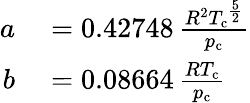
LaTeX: \begin{array}{rl}{a}&{{}=0.42748\, {\frac{R^{2}{T_{\mathrm{c}}}^{\frac{5}{2}}}{p_{\mathrm{c}}}}}\\ {b}&{{}=0.08664\, {\frac{RT_{\mathrm{c}}}{p_{\mathrm{c}}}}}\end{array}